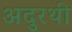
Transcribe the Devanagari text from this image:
अदुरथी